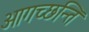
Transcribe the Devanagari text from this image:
आगच्छन्ति